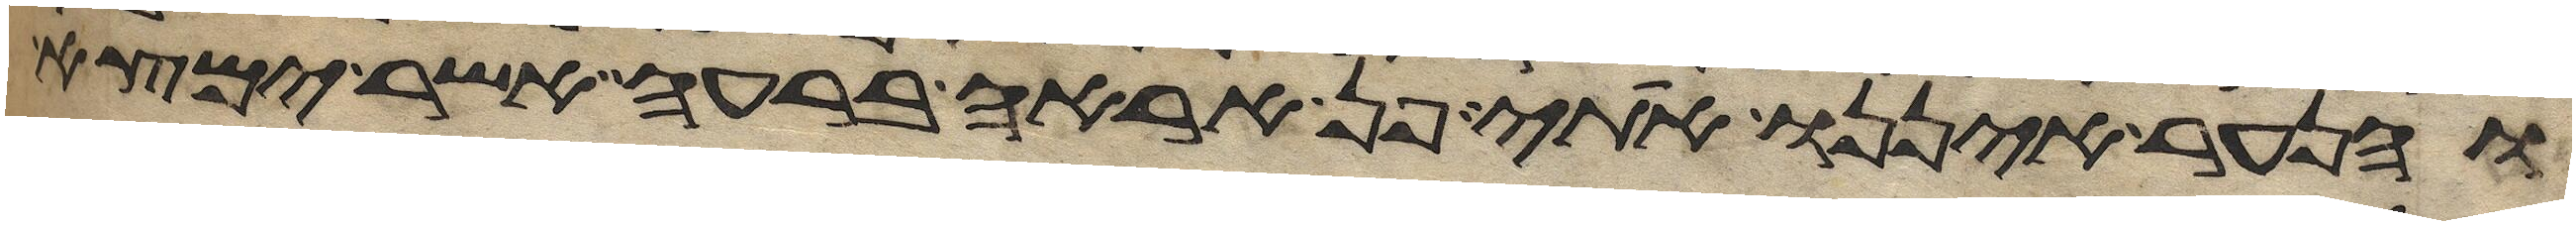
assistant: והנער איננו אתי פן אראה ברעה אשר ימצא